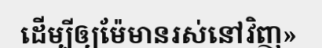
ដើម្បីឲ្យម៉ែមានរស់នៅវិញ»